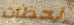
لحظات